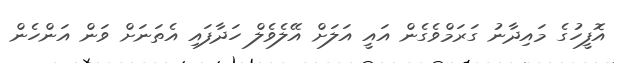
އޮފީހުގެ މައިދާނު ގަރަމްވެގެން އައީ އަލަށް އޭލެވެލް ހަދާފައި އެތަނަށް ވަން އަންހެން